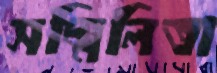
সম্মিলিতা